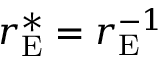
r _ { \mathrm { E } } ^ { * } = r _ { \mathrm { E } } ^ { - 1 }